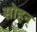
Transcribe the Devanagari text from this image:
सोहन्